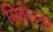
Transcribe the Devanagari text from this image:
सिंदोळ्या